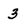
Character: 3